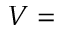
V =